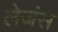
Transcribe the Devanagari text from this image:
लेजंस